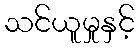
သင်ယူမှုနှင့်